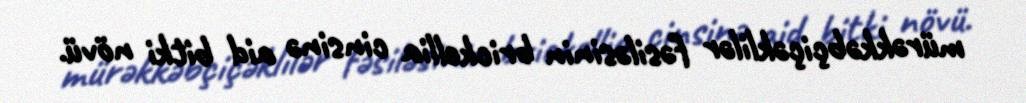
mürəkkəbçiçəklilər fəsiləsinin brickellia cinsinə aid bitki növü.